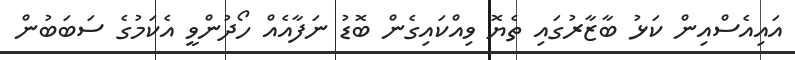
އައިއެސްއިން ކަޅު ބާޒާރުގައި ތެޔޮ ވިއްކައިގެން ބޮޑު ނަފާއެއް ހޯދުންވީ އެކަމުގެ ސަބަބުން